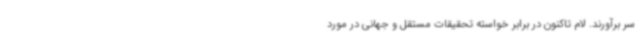
سر برآورند. لام تاکنون در برابر خواسته تحقیقات مستقل و جهانی در مورد